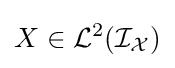
X\in {\mathcal {L}}^{2}({\mathcal {I_{X}}})